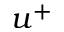
u ^ { + }